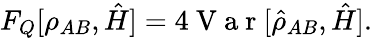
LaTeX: F_{Q}[\rho_{AB},\hat{H}]=4\mathrm{~V~a~r~}[\hat{\rho}_{AB},\hat{H}].